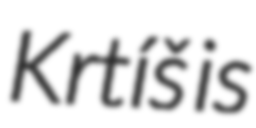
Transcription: Krtíš is